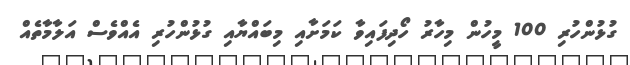
ގުޅުންހުރި 100 މީހުން މިހާރު ހޯދިފައިވާ ކަމަށާއި މިބައްޔާއި ގުޅުންހުރި އެއްވެސް އަލާމާތެއް